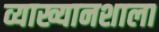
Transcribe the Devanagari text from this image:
व्याख्यानशाला